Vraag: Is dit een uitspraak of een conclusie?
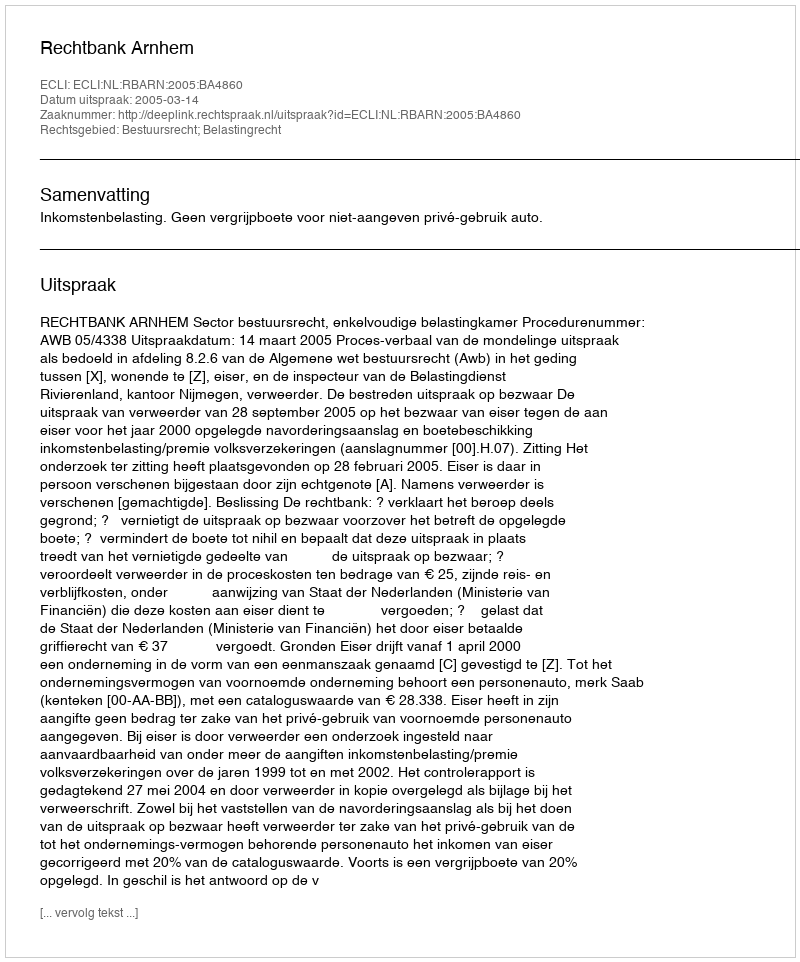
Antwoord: Uitspraak